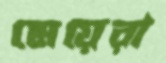
মেয়েরা